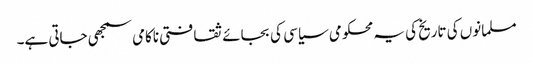
مسلمانوں کی تاریخ کی یہ محکومی سیاسی کی بجائے ثقافتی ناکامی سمجھی جاتی ہے۔